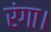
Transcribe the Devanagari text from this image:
रंगा।